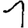
Digit: 1